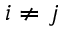
i \ne j